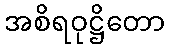
အစိရဝုဋ္ဌိတော